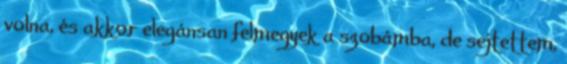
volna, és akkor elegánsan felmegyek a szobámba, de sejtettem,